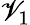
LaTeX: \mathscr{V}_{1}